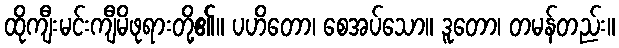
ထိုကျီးမင်းကျီမိဖုရားတို့၏။ ပဟိတော၊ စေအပ်သော။ ဒူတော၊ တမန်တည်း။